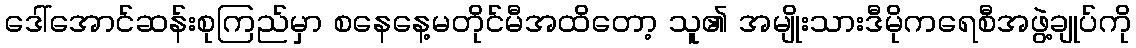
ဒေါ်အောင်ဆန်းစုကြည်မှာ စနေနေ့မတိုင်မီအထိတော့ သူ၏ အမျိုးသားဒီမိုကရေစီအဖွဲ့ချုပ်ကို